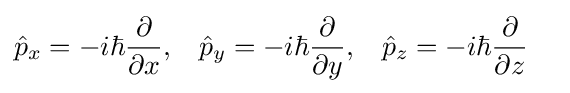
{\begin{aligned}{\hat {p}}_{x}&=-i\hbar {\frac {\partial }{\partial x}},&{\hat {p}}_{y}&=-i\hbar {\frac {\partial }{\partial y}},&{\hat {p}}_{z}&=-i\hbar {\frac {\partial }{\partial z}}\end{aligned}}